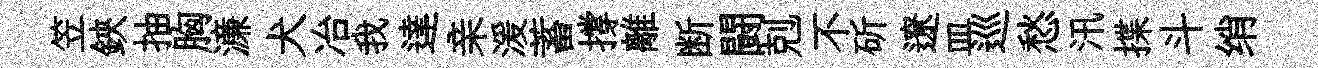
笠鋏抽胸濓犬冶我達亲湲蓄撐離断闘剋不斫遼皿巡愁汛揲斗绡